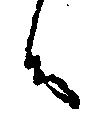
候